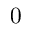
0